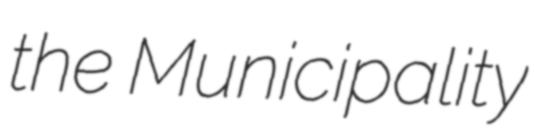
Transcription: the Municipality